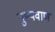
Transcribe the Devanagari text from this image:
पुष्पवाण